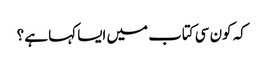
کہ کون سی کتاب میں ایسا کہا ہے ؟